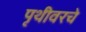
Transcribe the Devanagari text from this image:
पृथीवरचे